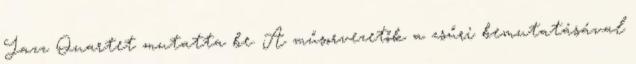
Jazz Quartet mutatta be. A műsorvezetők a zsűri bemutatásával